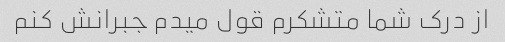
از درک شما متشکرم قول میدم جبرانش کنم